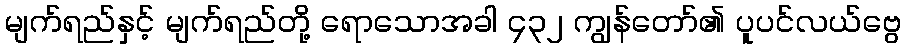
မျက်ရည်နှင့် မျက်ရည်တို့ ရောသောအခါ ၄၃၂ ကျွန်တော်၏ ပူပင်လယ်ဗွေ